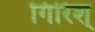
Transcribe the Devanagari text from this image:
गिरिश्